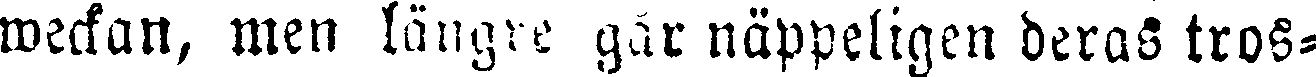
weckan, men längre går näppeligen deras tros-